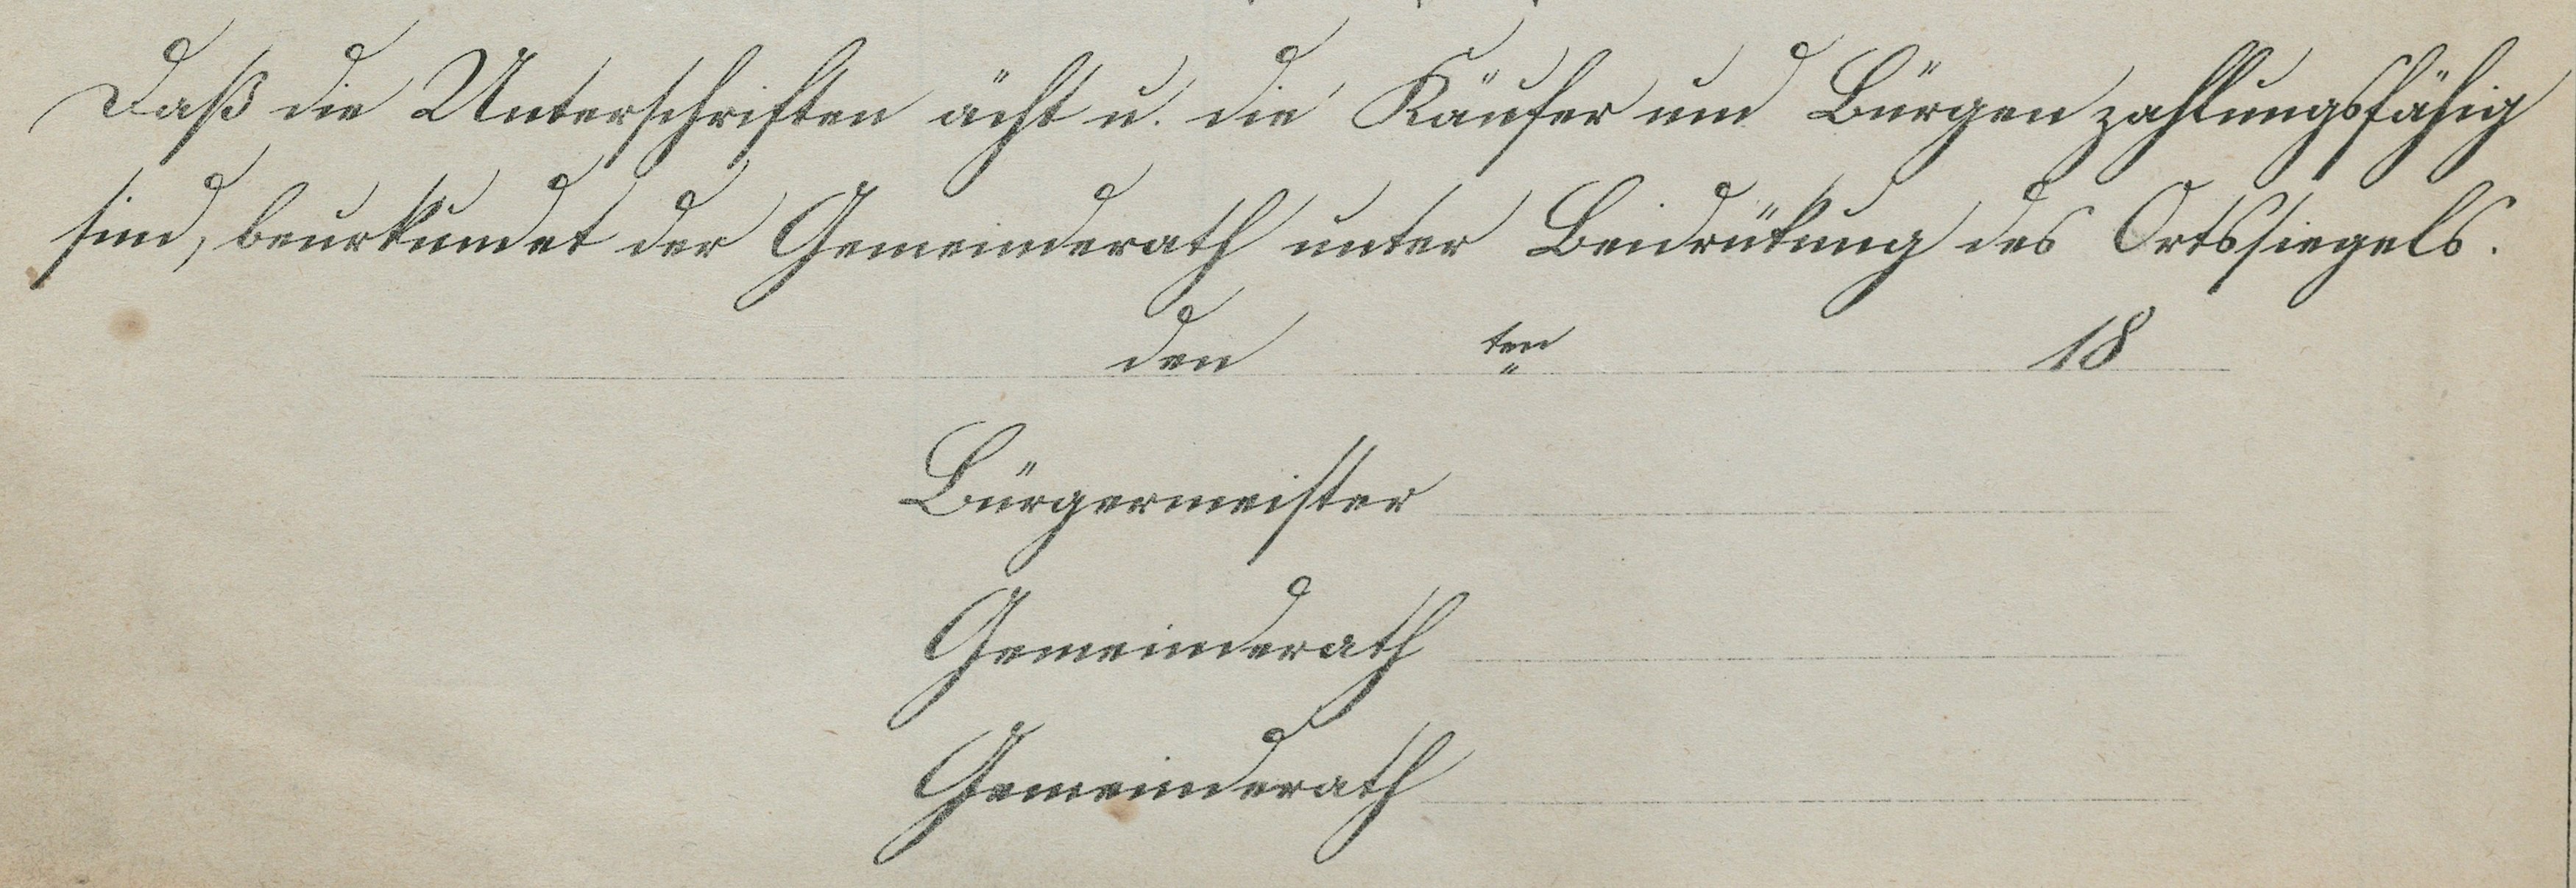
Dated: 1140–1170